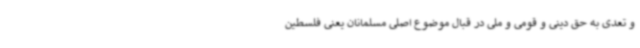
و تعدی به حق دینی و قومی و ملی در قبال موضوع اصلی مسلمانان یعنی فلسطین